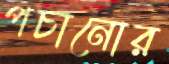
পচানোর